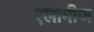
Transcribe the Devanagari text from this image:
एलामीज